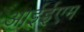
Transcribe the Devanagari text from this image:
आईईएम